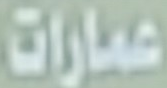
عمارات